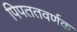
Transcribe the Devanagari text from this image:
पिपततवर्णक